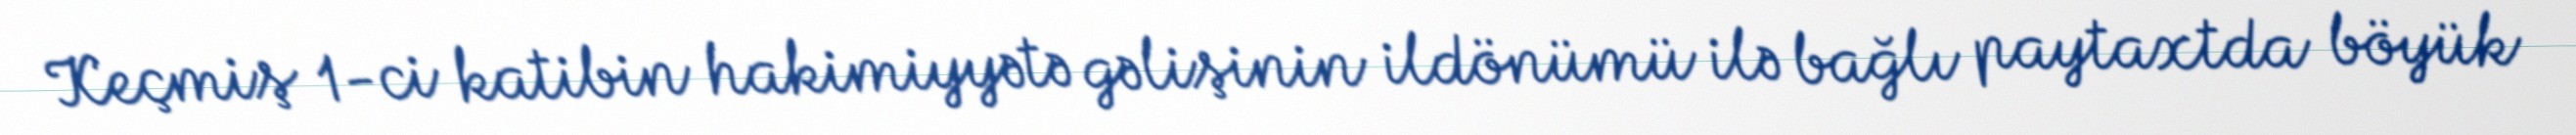
Keçmiş 1-ci katibin hakimiyyətə gəlişinin ildönümü ilə bağlı paytaxtda böyük